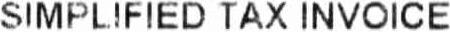
SIMPLIFIED TAX INVOICE